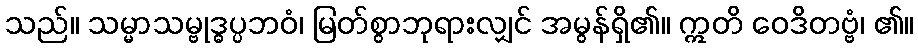
သည်။ သမ္မာသမ္ဗုဒ္ဓပ္ပဘဝံ၊ မြတ်စွာဘုရားလျှင် အမွန်ရှိ၏။ ဣတိ ဝေဒိတဗ္ဗံ၊ ၏။